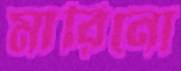
মারিনো